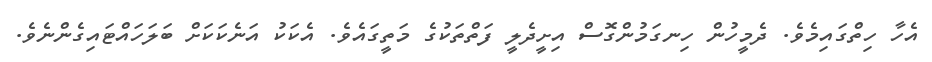
އެހާ ހިތްގައިމެވެ. ދެމީހުން ހިނގަމުންގޮސް އިށީދެލީ ފަތްތަކުގެ މަތީގައެވެ. އެކަކު އަނެކަކަށް ބަލަހައްޓައިގެންނެވެ.